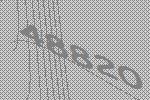
48820